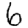
Digit: 6